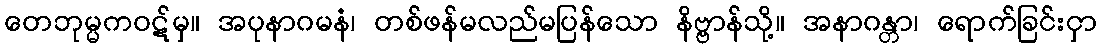
တေဘုမ္မကဝဋ်မှ။ အပုနာဂမနံ၊ တစ်ဖန်မလည်မပြန်သော နိဗ္ဗာန်သို့။ အနာဂန္တာ၊ ရောက်ခြင်းငှာ